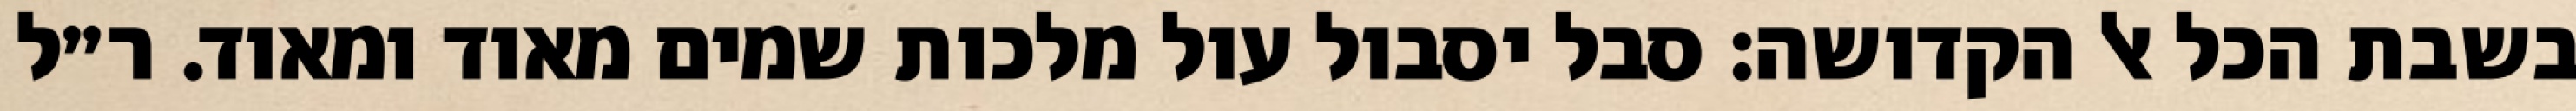
בשבת הכל אל הקדושה: סבל יסבול עול מלכות שמים מאוד ומאוד. ר״ל